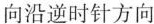
沿逆时针方向